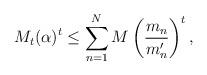
LaTeX: \begin{align*} M_t(\alpha)^t \leq \sum_{n=1}^NM\left(\frac{m_n}{m'_n}\right)^t, \end{align*}